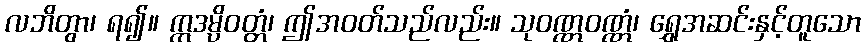
လဘိတွာ၊ ရ၍။ ဣဒမ္ပိဝတ္တံ၊ ဤအဝတ်သည်လည်း။ သုဝဏ္ဏဝဏ္ဏံ၊ ရွှေအဆင်းနှင့်တူသော